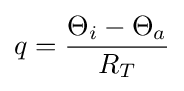
q={\frac {\Theta _{i}-\Theta _{a}}{R_{T}}}